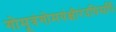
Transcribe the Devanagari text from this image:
गोमूत्रंगोमयंक्षीरंदधिसर्पिः